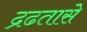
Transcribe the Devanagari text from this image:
द्रढतासे